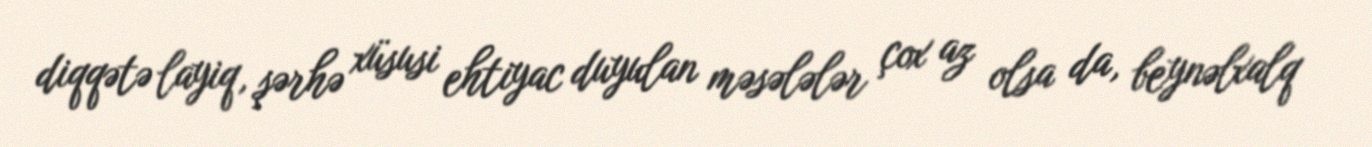
diqqətə layiq, şərhə xüsusi ehtiyac duyulan məsələlər çox az olsa da, beynəlxalq